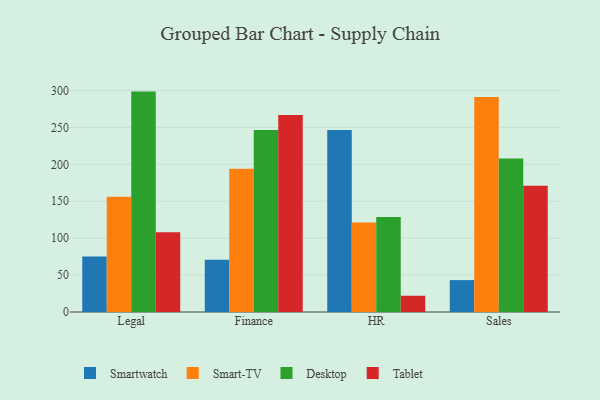
{"axis": {"x": "Department", "y": "Conversion Rate (%)"}, "legend": ["Desktop", "Smart-TV", "Smartwatch", "Tablet"], "data": [{"x": "Legal", "y": 75.1, "type": "Smartwatch"}, {"x": "Legal", "y": 156.2, "type": "Smart-TV"}, {"x": "Legal", "y": 298.5, "type": "Desktop"}, {"x": "Legal", "y": 108.1, "type": "Tablet"}, {"x": "Finance", "y": 70.6, "type": "Smartwatch"}, {"x": "Finance", "y": 194.0, "type": "Smart-TV"}, {"x": "Finance", "y": 246.4, "type": "Desktop"}, {"x": "Finance", "y": 266.7, "type": "Tablet"}, {"x": "HR", "y": 246.4, "type": "Smartwatch"}, {"x": "HR", "y": 121.1, "type": "Smart-TV"}, {"x": "HR", "y": 128.7, "type": "Desktop"}, {"x": "HR", "y": 22.0, "type": "Tablet"}, {"x": "Sales", "y": 43.2, "type": "Smartwatch"}, {"x": "Sales", "y": 291.3, "type": "Smart-TV"}, {"x": "Sales", "y": 207.8, "type": "Desktop"}, {"x": "Sales", "y": 171.1, "type": "Tablet"}]}